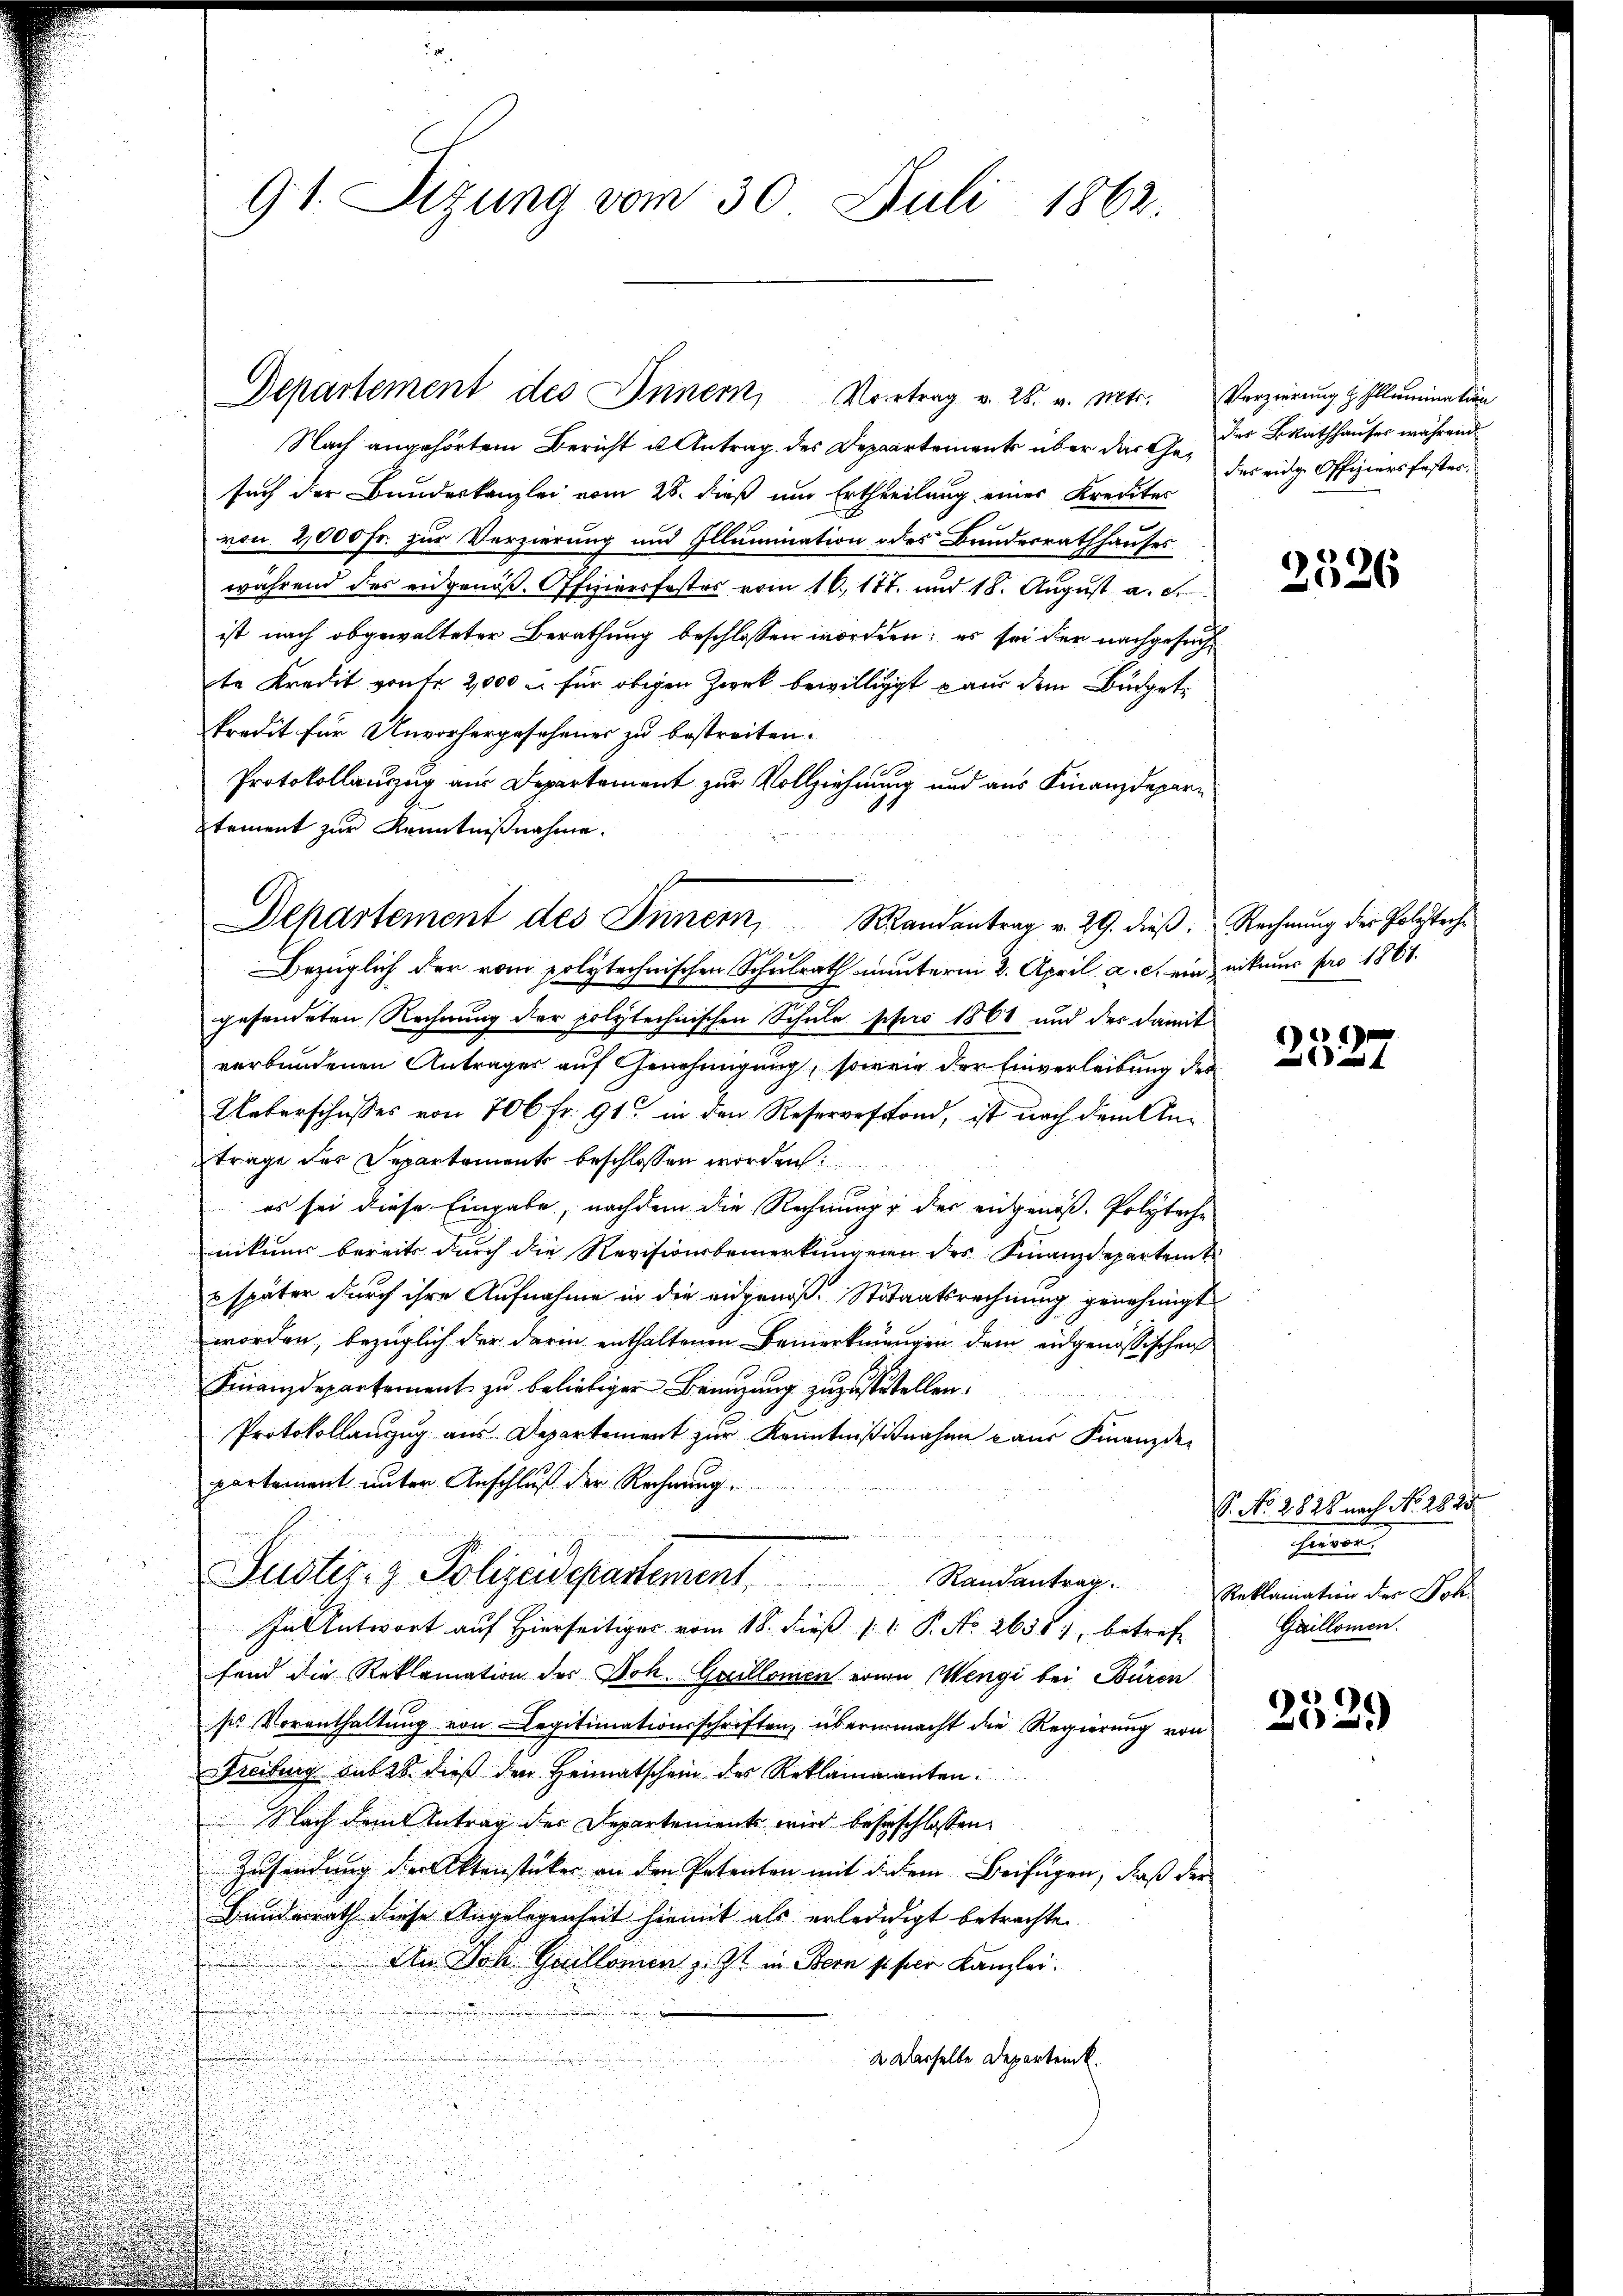
91. Stzung vom 30. Juli 1862.

Nach angehörtem Bericht u Antrag des Departement über das Ge- der BRathhauser während
such der Bundeskanzlei vom 28. dieß um Ertheilung einer Kredites
ron. 2,000 Fr. zur Verzierung und Illumination des Bundesrathhauses
während des eidgenöß. Offiziersfestes vom 16. 177. und 18. August a. d.
ist nach abgewalteter Berathung beschlossen worden; es sei der nachgesuch
te Kredit von Fr. 2,000 u. für obigen Zweck bewilligt aus dem Büdgetkredit für Unvorhergesehener zu bestreiten.
Protokollauzug aus Departement zur Vollziehung und aus Finanzdepartement zur Kenntnißnahme.

Departement des Innern, Mandantrag v. 29. dieß. Rechnung der Polytech¬

Departement des Innern, Vortrag v. 26. v. Mts. Verzierung Illumination

Bezüglich der vom polytechnischen Schulrath unterm 2. April a. c. ein nikum pro 1861.
gesendeten Rechnung der polytechnischen Schule pro 1860 und der damit
verbundenen Antrages auf Genehmigung, soweig der Einverleibung der
Unterschusses von 706 Fr. 91 in den Reservefond, ist nach dem Antrage der Separtements beschlossen worden
e
¬
es sei diese Eingabe, nachdem die Rechnung der eidgenöß. Polyteche
nikums bereits durch die Revisionsbemerkungenen des Finanzdepartemt
u
 später durch ihre Aufnahme in die angenoß- Stitaatsrechnung genehmigt
worden, bezüglich der darin enthaltenen Bemerkungen dem eidgenössischen
Finanzdepartement zu beliebigen Benutzung zuzustellen.
Protokollanzug aus Departement zur Kenntnißisnahme aus Finanzder
partement unter Anschluß der Rechnung.
Justiz- & Polizeidepartement Randanter¬
In Antwort auf Hierseitiger vom 18. dieß P. No 26381, betreff
fand die Reklamation des Joh. Gaillonen von Mengi bei Büren
sie Vorenthaltung von Legitimationsschriften, übermmacht die Regierung von
Freiburg sub 28. dieß den Heimatschein des Reklamanten.
Nach dem Antrag der Departements wird beherschlossen,
Zusendung der Aktenstücker an den Petenten mit diesem Beifügen, daß der
Bundesrath diese Angelegenheit hiemit als erledidigt betrachte
An Joh. Guillonen z. Zt. in Bern s. per Kanzlei.
2. Derselbe Departemb.

des eidge Offiziers festes.

6
2526

)
 und

S. No. 2828 nach No. 2824
heinen
Reklamation der Joh.
Gaillonen.

2329